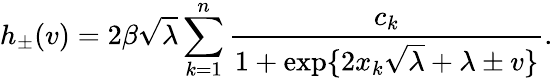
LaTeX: h_{\pm}(v)=2\beta\sqrt{\lambda}\sum_{k=1}^{n}\frac{c_{k}}{1+\exp\{ 2x_{k}\sqrt{\lambda}+\lambda\pm v\} }.